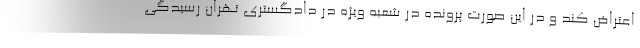
اعتراض کند و در این صورت پرونده در شعبه ویژه در دادگستری تهران رسیدگی